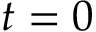
t = 0